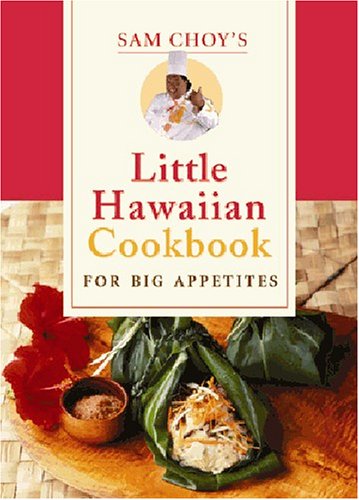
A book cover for Sam Choy's Little Hawaiian Cookbook for Big Appetites; Sam Choy; Cookbooks, Food & Wine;